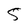
Character: 5